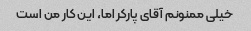
خیلی ممنونم آقای پارکر اما، این کار من است